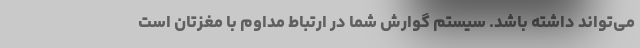
می‌تواند داشته باشد. سیستم گوارش شما در ارتباط مداوم با مغزتان است